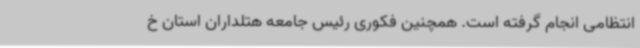
انتظامی انجام گرفته است. همچنین فکوری رئیس جامعه هتلداران استان خ